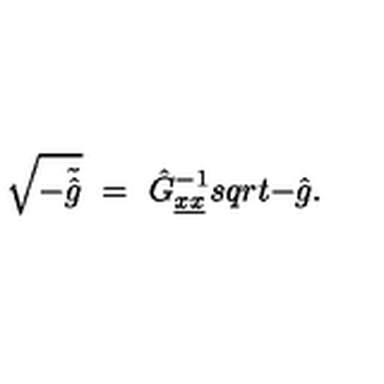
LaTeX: \sqrt { - \tilde { \hat { g } } } \ = \ \hat { G } _ { \underline { { x } } \underline { { x } } } ^ { - 1 } s q r t { - \hat { g } } .